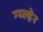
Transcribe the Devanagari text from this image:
ग्व्ल्हेर